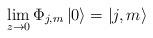
LaTeX: \begin{align*}\lim_{z\rightarrow 0}\Phi _{j,m}\left| 0\right\rangle =\left|j,m\right\rangle\end{align*}